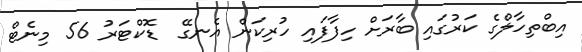
އިބްތިހާލްގެ ކަރުގައި ބާރަށް ހިފާފައި ހުރިކަން އެނގޭ  ޑޮކްޓަރު 56 މިނެޓް